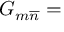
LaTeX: G _ { m \overline { { { n } } } } =